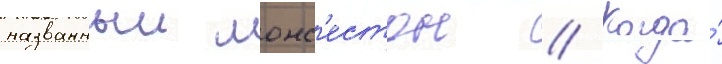
названныи лонс'естон // Когда́